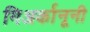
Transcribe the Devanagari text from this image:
गिअर्कानूनी